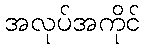
အလုပ်အကိုင်